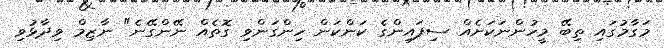
މަގާމުގައި ތިބޭ މީހުންނަކަށެއް ސިފައިންގެ ކަންކަން ހިންގަންވި ގޮތެއް ނޭންގޭނެ" ނާޒިމް ވިދާޅުވި